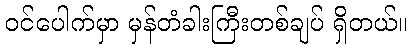
ဝင်ပေါက်မှာ မှန်တံခါးကြီးတစ်ချပ် ရှိတယ်။